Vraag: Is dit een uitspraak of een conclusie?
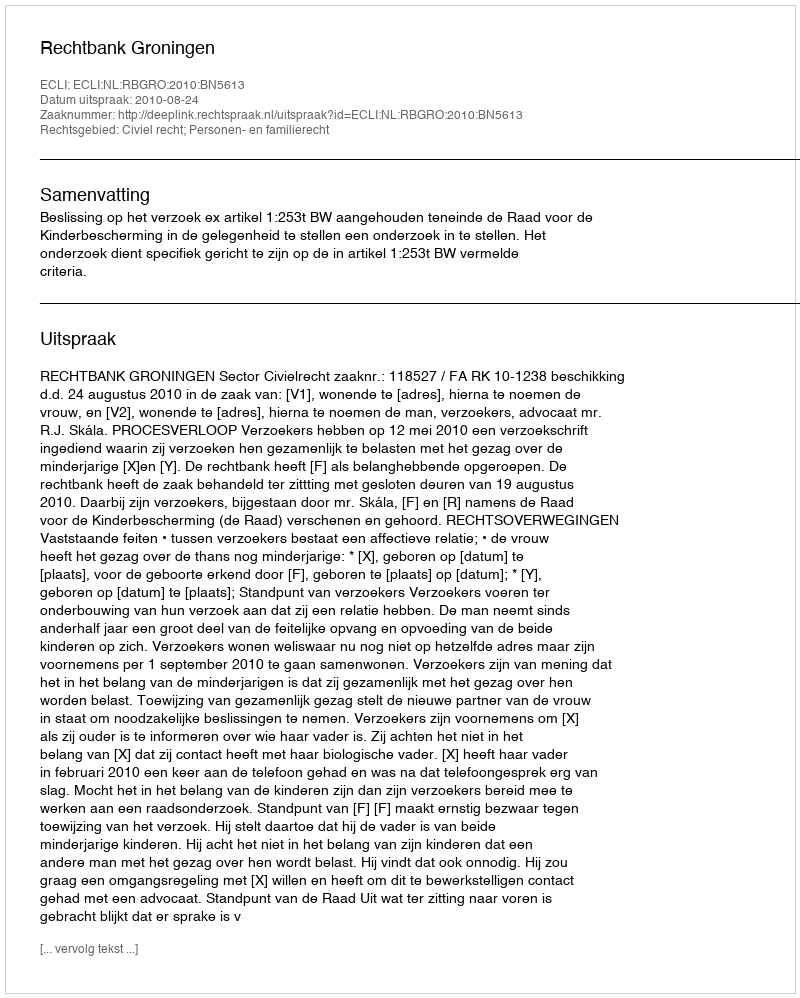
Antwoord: Uitspraak